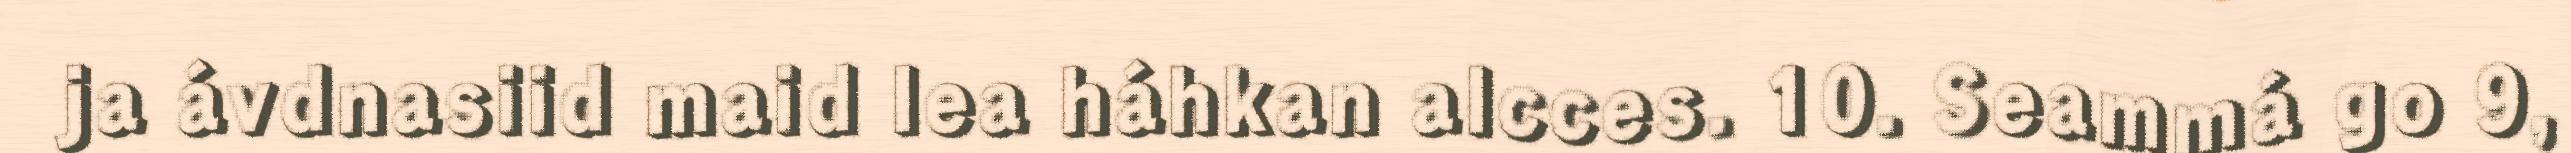
ja ávdnasiid maid lea háhkan alcces. 10. Seammá go 9,